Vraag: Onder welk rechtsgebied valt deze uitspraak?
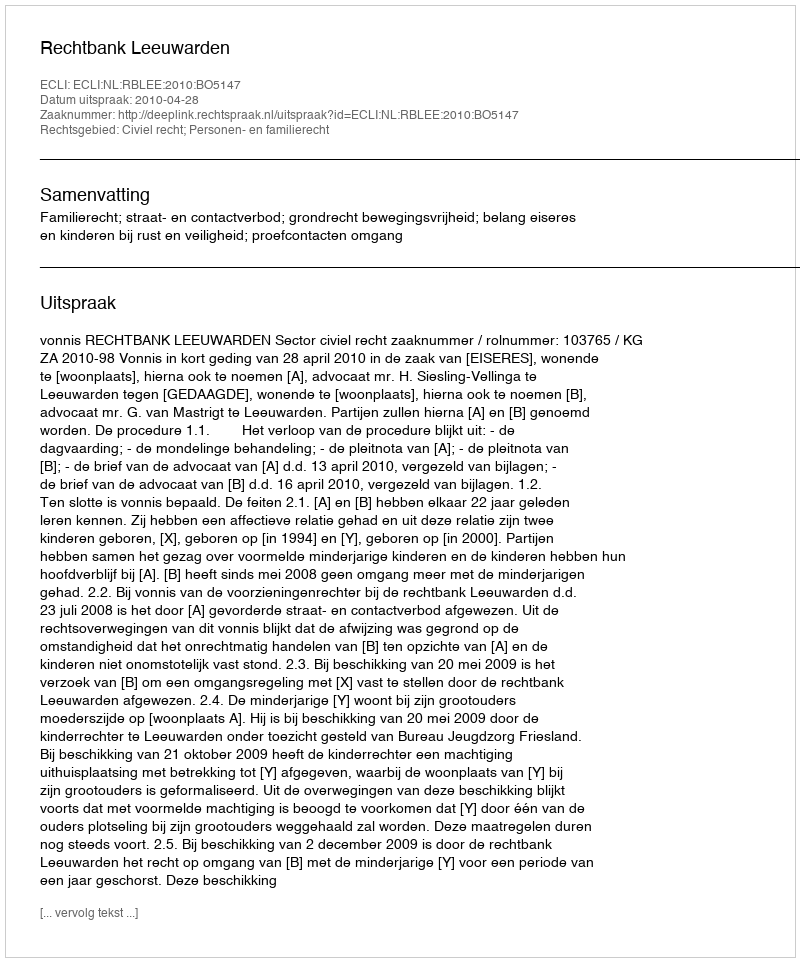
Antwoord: Civiel recht; Personen- en familierecht